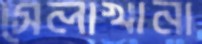
সেলাখানা